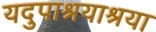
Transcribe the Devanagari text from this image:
यदुपाश्रयाश्रया